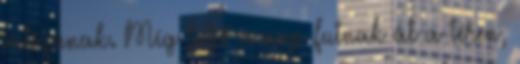
játszanak. Míg feljő a nap futnak át a téren,